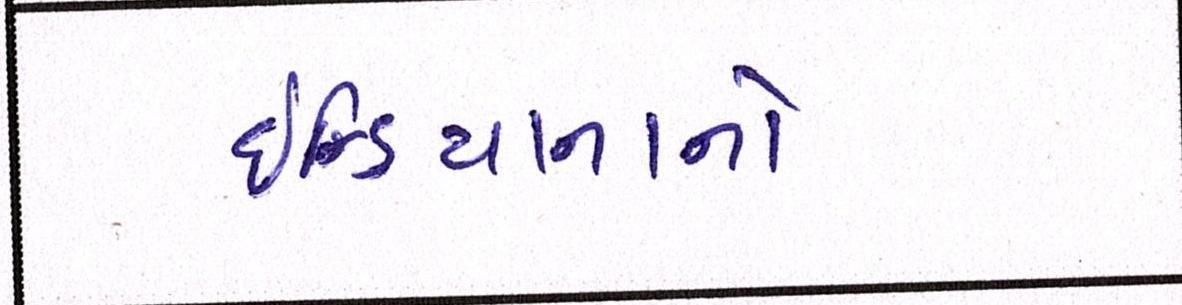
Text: ઇન્ડિયાનાનો